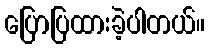
ပြောပြထားခဲ့ပါတယ်။